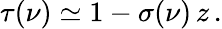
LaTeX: \tau(\nu)\simeq 1-\sigma(\nu)\, z\, .